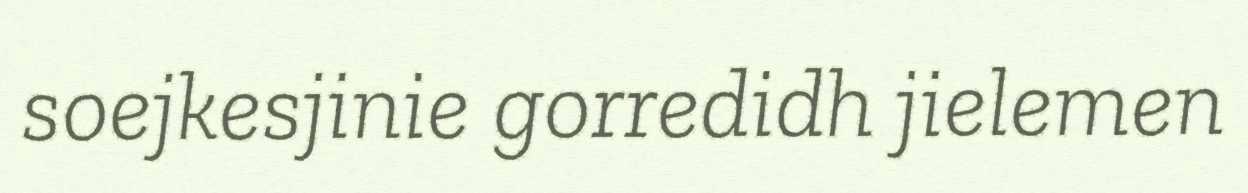
soejkesjinie gorredidh jielemen